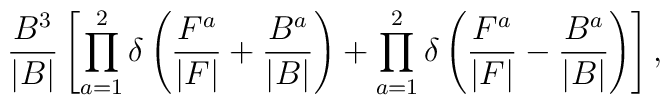
\frac{B^3}{|B|} \left[ \prod_{a=1}^{2} \delta \left( \frac{F^a}{|F|} + \frac{B^a}{|B|} \right)+ \prod_{a=1}^{2}\delta \left( \frac{F^a}{|F|} - \frac{B^a}{|B|} \right) \right],